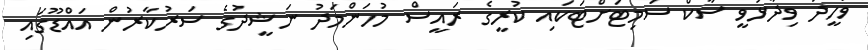
ވަހީދު ވިދާޅުވީ ސާކް ސަމިޓަށްޓަކައި ކުރީގެ ރައީސް މުހަންމަދު ނަޝީދުގެ ސަރުކާރުން އައްޑޫގައި